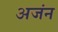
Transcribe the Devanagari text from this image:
अजंन